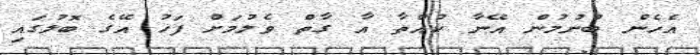
އެހެން ބުނުމުން އޭނާ ކުއްތާ އާ ގާތް ވެލުމަށް ފަހު އޭގެ ބޮލުގައި